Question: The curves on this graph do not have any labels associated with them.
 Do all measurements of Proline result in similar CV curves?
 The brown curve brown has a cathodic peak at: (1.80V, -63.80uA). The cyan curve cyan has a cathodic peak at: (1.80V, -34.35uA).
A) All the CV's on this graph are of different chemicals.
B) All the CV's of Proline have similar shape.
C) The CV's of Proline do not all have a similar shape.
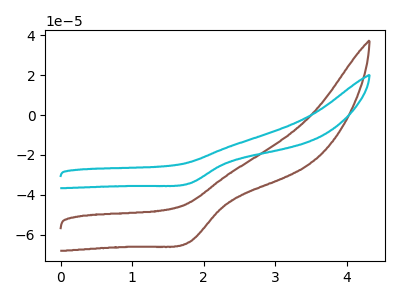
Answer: <think>All the peaks in "brown" have a peak in "cyan" at the same potential. Every peak in "brown" is higher than every peak in "cyan".
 </think>
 <answer>B) All the CV's of "Proline" have similar shape.</answer>
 <eval>B</eval>